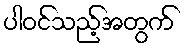
ပါဝင်သည့်အတွက်